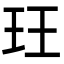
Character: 玨